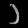
Digit: ၁